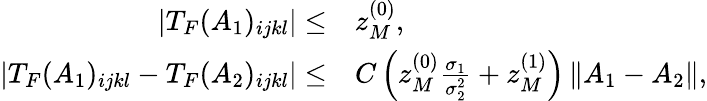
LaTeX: \begin{array}{rl}{\left\lvert T_{F}(A_{1})_{ijkl}\right\rvert\leq}&{z_{M}^{(0)},}\\ {\left\lvert T_{F}(A_{1})_{ijkl}-T_{F}(A_{2})_{ijkl}\right\rvert\leq}&{C\left(z_{M}^{(0)}\frac{\sigma_{1}}{\sigma_{2}^{2}}+z_{M}^{(1)}\right)\left\lVert A_{1}-A_{2}\right\rVert,}\end{array}